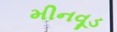
મીનવૂડ